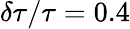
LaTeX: \delta\tau/\tau=0.4